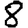
Digit: 8